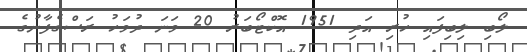
ލޯބި ލިބިފައި ހުރި އަދި 1951 އޮކްޓޯބަރު 20 ވަނަ ދުވަހު ރަސްގެފާނުގެ